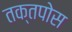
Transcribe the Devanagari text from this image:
तक्तपोस